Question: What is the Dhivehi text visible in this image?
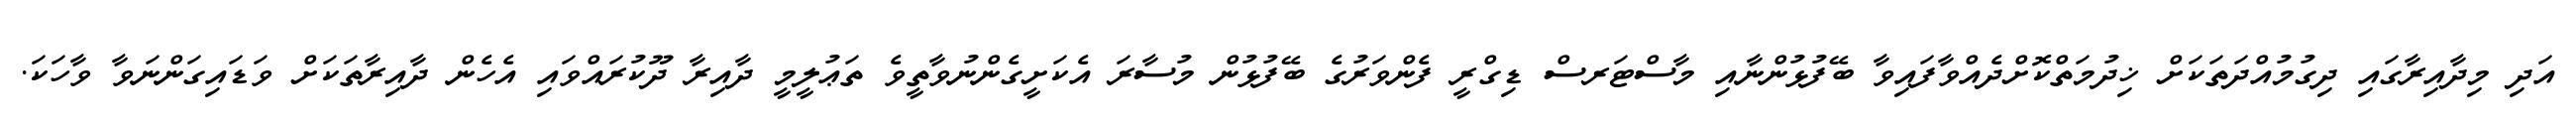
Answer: އަދި މިދާއިރާގައި ދިގުމުއްދަތަކަށް ޚިދުމަތްކޮށްދެއްވާފައިވާ ބޭފުޅުންނާއި މާސްޓަރސް ޑިގްރީ ފެންވަރުގެ ބޭފުޅުން މުސާރަ އެކަށީގެންނުވާތީވެ ތަޢުލީމީ ދާއިރާ ދޫކުރައްވައި އެހެން ދާއިރާތަކަށް ވަޑައިގަންނަވާ ވާހަކަ.